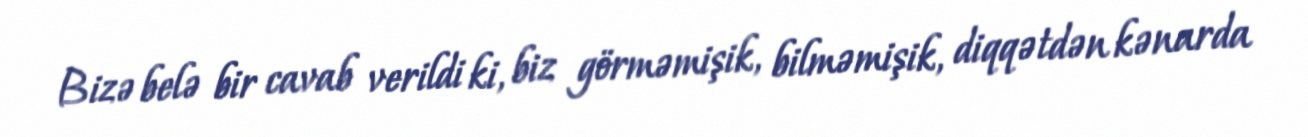
Bizə belə bir cavab verildi ki, biz görməmişik, bilməmişik, diqqətdən kənarda